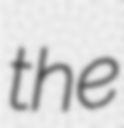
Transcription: the